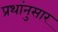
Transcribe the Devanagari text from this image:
प्रथांनुसार